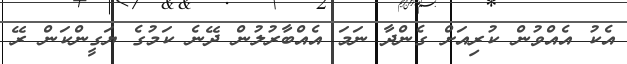
އެކު އެއްވުން ކުރިއަށް ގެންދާ ނަމަ އެއްބާރުލުން ދޭނެ ކަމުގެ ޔަގީންކަން ރޭ